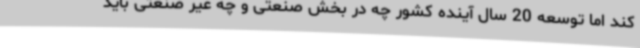
کند اما توسعه 20 سال آینده کشور چه در بخش صنعتی و چه غیر صنعتی باید